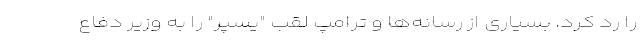
را رد کرد. بسیاری از رسانه‌ها و ترامپ لقب "یسپر" را به وزیر دفاع